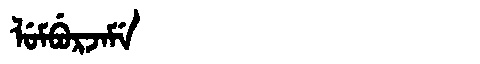
Manchu: ᠯᡠᠮᠪᡠᡵᠵᠠᠮᡝ
Romanization: LUMBURJAME